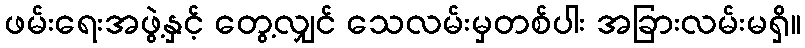
ဖမ်းရေးအဖွဲ့နှင့် တွေ့လျှင် သေလမ်းမှတစ်ပါး အခြားလမ်းမရှိ။